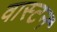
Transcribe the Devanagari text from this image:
वास्टन